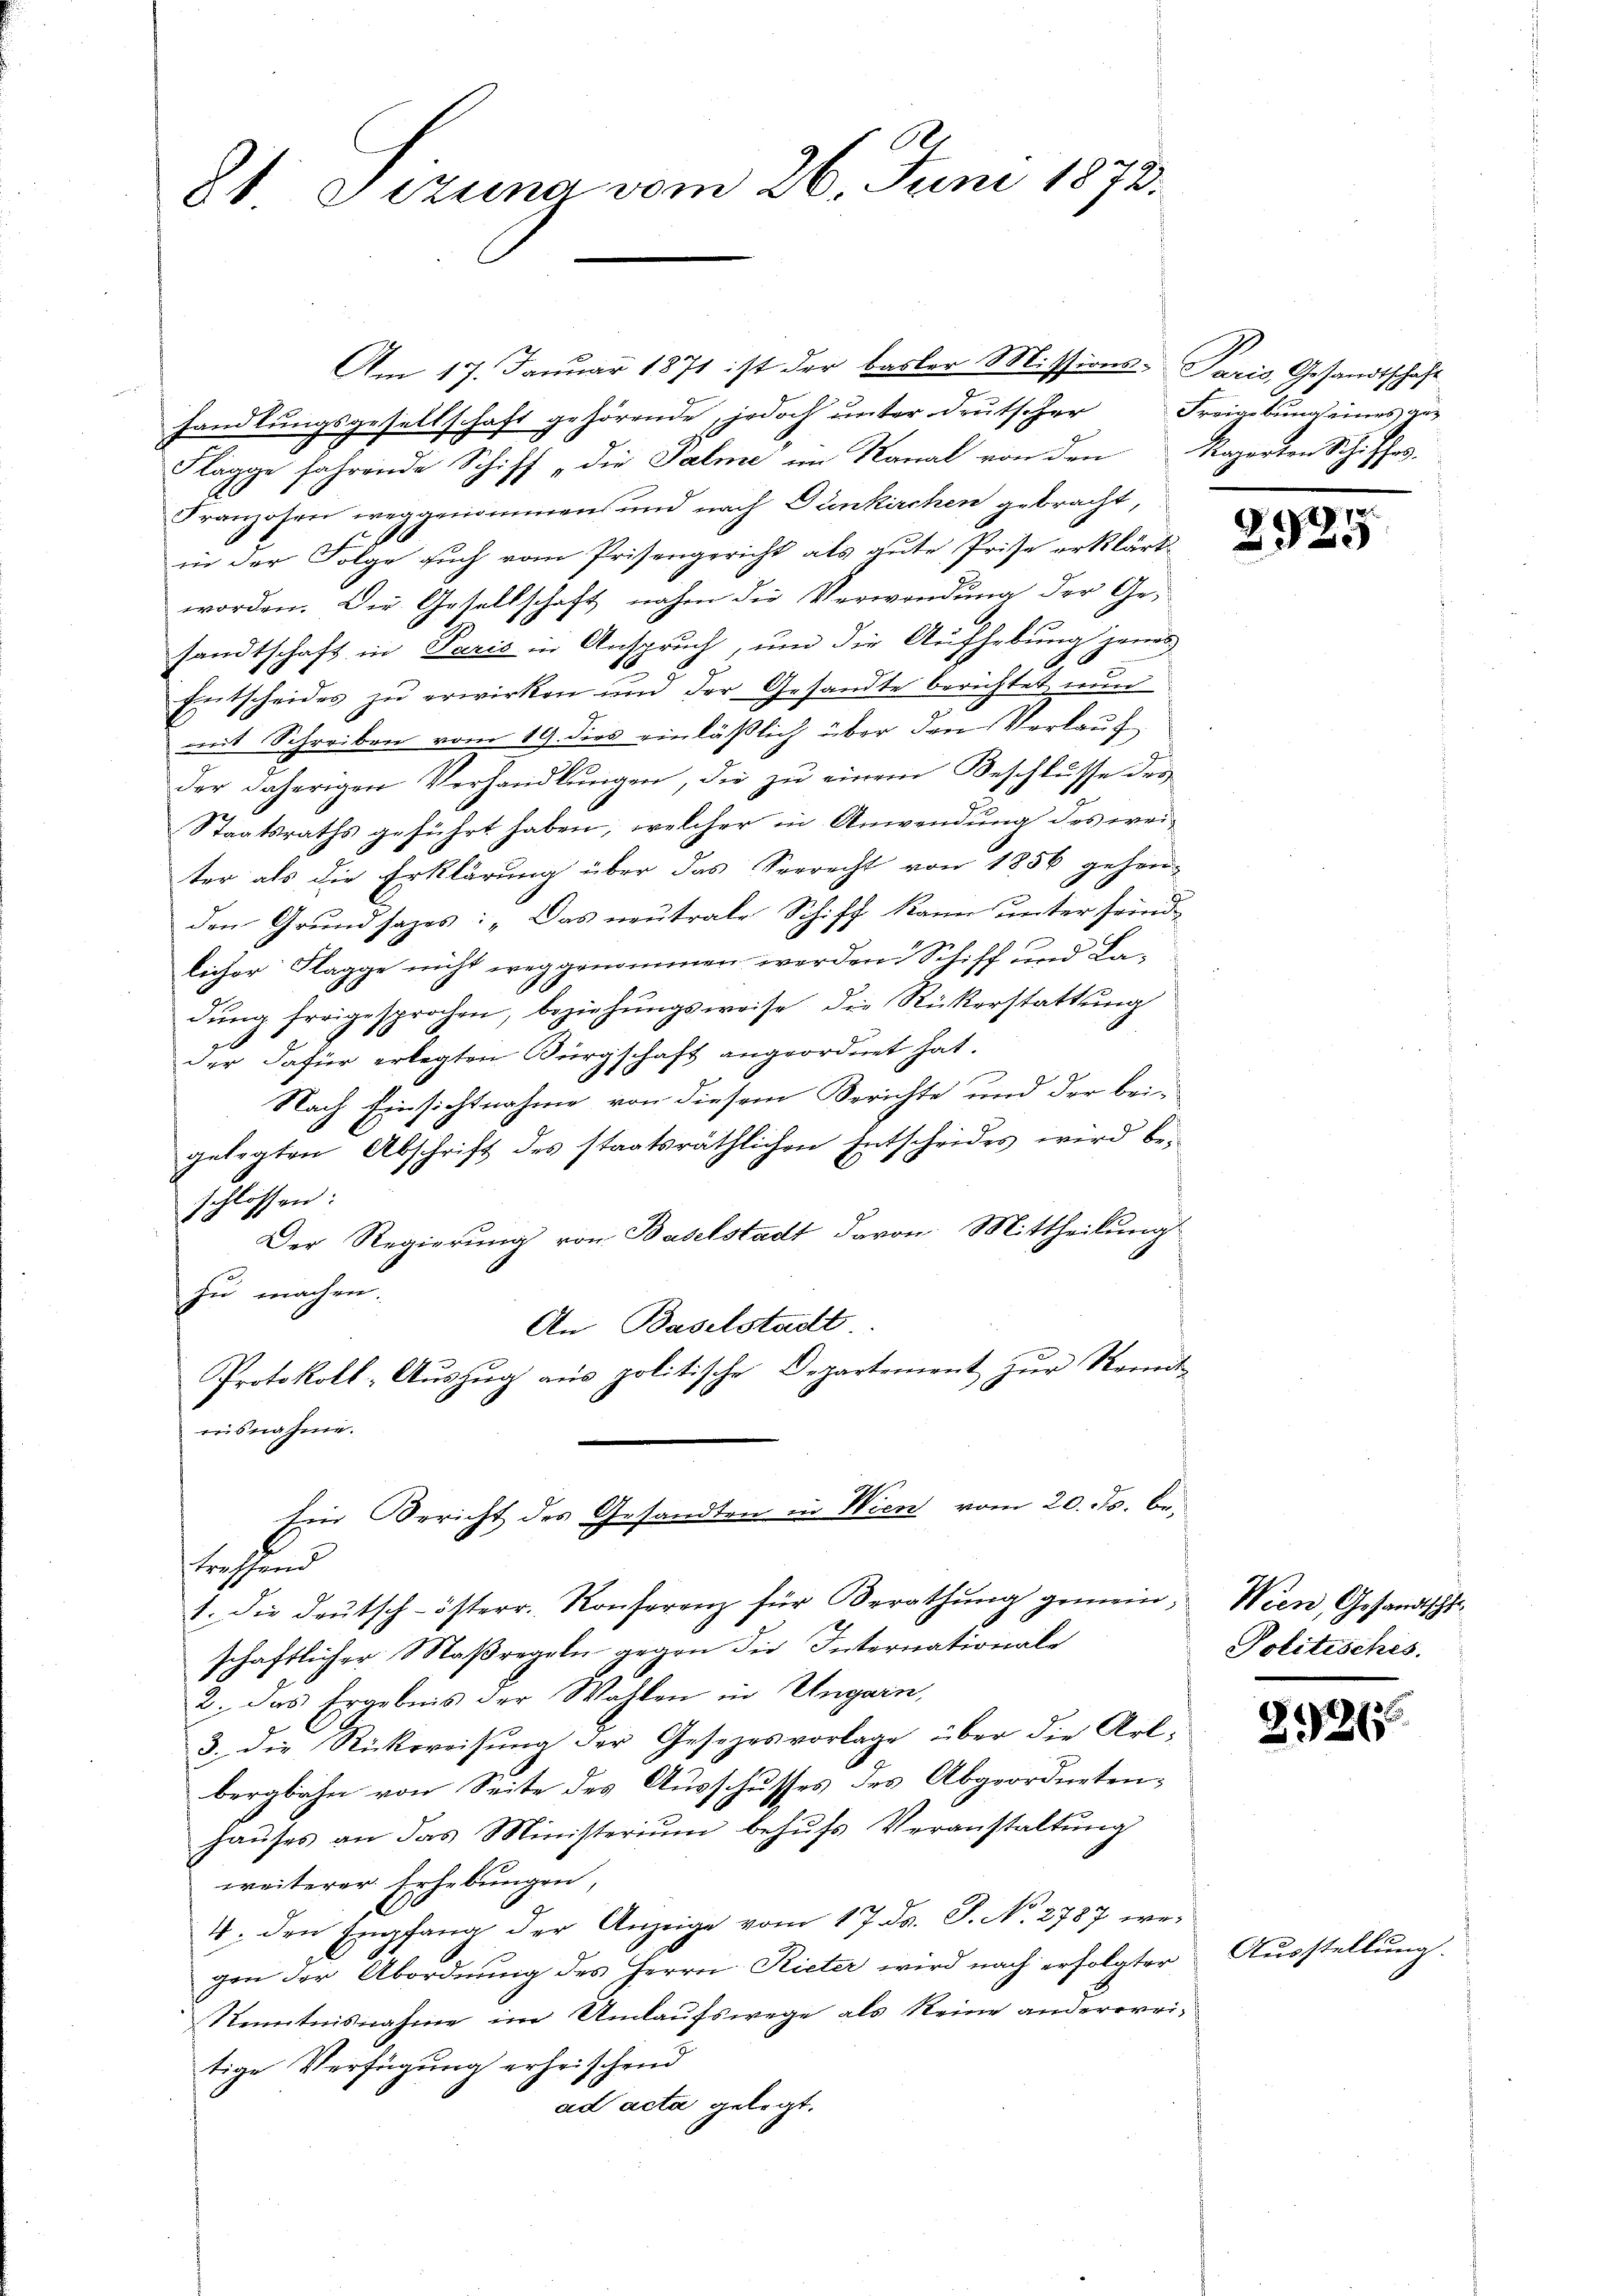
81 Sitzung vom 26. Juni 1872.

Am 17. Januar 1871 ist der basler Missions- Paris, Gesandtschaft
handlungsgesellschaft gehörende, jedoch unter deutscher Freigebung eines ge¬
Flägge fahrende Schiff „die Palme im Kanal von den Kaperten Schiffes
Franzosen weggenommen und nach Dünkirchen gebracht,
in der Folge auch vom Prisengericht als gute Prise erklärt
worden. Die Gesellschaft nahm die Verwendung der Gesandtschaft in Paris in Anspruch, um die Aufhebung jenes
x
Entscheides zu erwirken und der Gesandte berichtet nun
mit Schreiben vom 19. dies einläßlich über den Verlauf
der daherigen Verhandlungen, die zu einem Beschlusse des
Staatsraths geführt haben, welcher in Anwendung des weiter als die Erklärung über das Seerecht von 1856 gehenden Grundsazes: „Das neutrale Schiff kann unter seindlicher Flagge nicht weggenommen werden. Schiff und Ladŭng freigesprochen, beziehungsweise die Rückerstattung
der dafür erlegten Bürgschaft angeordnet hat.
Nach Einsichtnahme von diesem Berichte und der bei-
gelegten Abschrift des staatsräthlichen Entscheides wird be-
schlossen:
Der Regierung von Baselstadt davon Mittheilung
zu machen.
An Baselstadt
Protokoll-Auszug aus politische Departement zur Remitisnahme.
Ein Bericht des Gesandten in Wien vom 20. ds. betehend
1. die deŭtsch-österr. Konferenz für Berathŭng gemeinschaftlicher Maßregeln gegen die Internationale
2. das Ergebnis der Wahlen in Ungarn,
3. die Rückweisung der Gesezesvorlage über die Art-
bergbahn von Seite des Ausschusses des Abgeordnetenhauses an das Ministerium behufs Veranstaltung
weiterer Erhebungen,
1
C
4: den Empfang der Anzeige vom 17. ds. S. No. 2787 wegen der Abordnung des Herrn Rieter wird nach erfolgter
Kenntnisnahme im Umlaufswege als keine anderereitige Verfügung erheischend
ad acta gelegt.

29.

Wien, Gesandtschl
Politisches.

2926

Ausstellung.